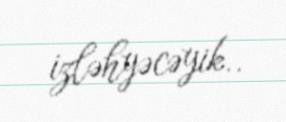
izləhyəcəyik..